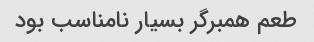
طعم همبرگر بسیار نامناسب بود